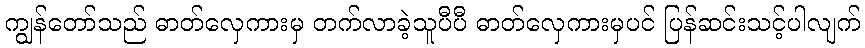
ကျွန်တော်သည် ဓာတ်လှေကားမှ တက်လာခဲ့သူပီပီ ဓာတ်လှေကားမှပင် ပြန်ဆင်းသင့်ပါလျက်